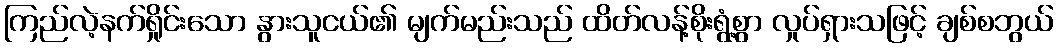
ကြည်လဲ့နက်ရှိုင်းသော နွားသူငယ်၏ မျက်မည်းသည် ထိတ်လန့်စိုးရွံ့စွာ လှုပ်ရှားသဖြင့် ချစ်စဘွယ်